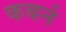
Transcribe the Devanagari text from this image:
कबर्न